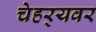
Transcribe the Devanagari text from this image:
चेहर्‍यवर